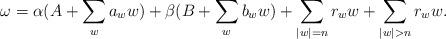
LaTeX: \begin{align*} \omega=\alpha (A+\sum_{w}a_w w)+ \beta (B+\sum_{w}b_w w) +\sum_{|w|=n}r_w w+\sum_{|w|>n}r_w w.\end{align*}